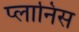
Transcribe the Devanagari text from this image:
प्लानिस